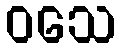
ဝသေ